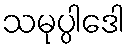
သမုပ္ပါဒေါ